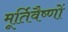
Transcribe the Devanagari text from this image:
मूर्तिवैष्णों